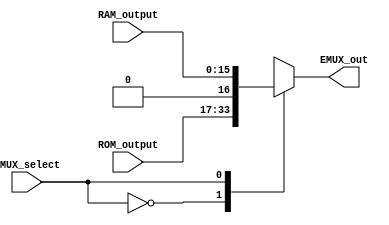
module external_mux(EMUX_select, RAM_output, ROM_output, EMUX_out);

 input EMUX_select;
 input [15:0] RAM_output;
 input [16:0] ROM_output;
 
 output [16:0] EMUX_out;
 
 reg [16:0] EMUX_content;
 
 always @(*) begin
 
	case(EMUX_select)
	
		1'b0: begin
			$write("Opening ROM port");
			EMUX_content <= ROM_output;			
		end
		
		1'b1: begin
			$write("Opening RAM port");
			EMUX_content <= {1'b0, RAM_output};
		end
	
	endcase
 
 end
 
 assign EMUX_out = EMUX_content;




endmodule